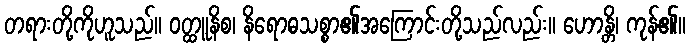
တရားတို့ကိုဟူသည်။ ဝတ္ထူနိစ၊ နိရောဓသစ္စာ၏အကြောင်းတို့သည်လည်း။ ဟောန္တိ၊ ကုန်၏။